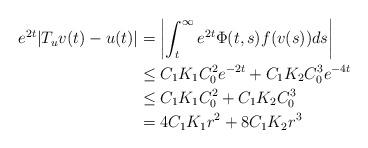
LaTeX: \begin{align*}e^{2t} | T_u v(t) - u(t)| & = \left| \int_t^\infty e^{2t} \Phi(t, s) f(v(s)) ds \right| \\& \le C_1K_1C_0^2 e^{-2t} + C_1 K_2 C_0^3 e^{-4t} \\& \le C_1 K_1 C_0^2 + C_1 K_2 C_0^3 \\& = 4C_1 K_1 r^2 + 8C_1 K_2 r^3\end{align*}